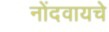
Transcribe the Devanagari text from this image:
नोंदवायचेे